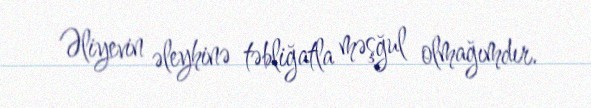
Əliyevin əleyhinə təbliğatla məşğul olmağımdır.